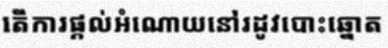
តើការផ្តល់អំណោយនៅរដូវបោះឆ្នោត